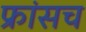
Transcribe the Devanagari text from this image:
फ्रांसच